Code of medical and sanitary regulations for the guidance of medical officers serving in the Madras Presidency - Volume II
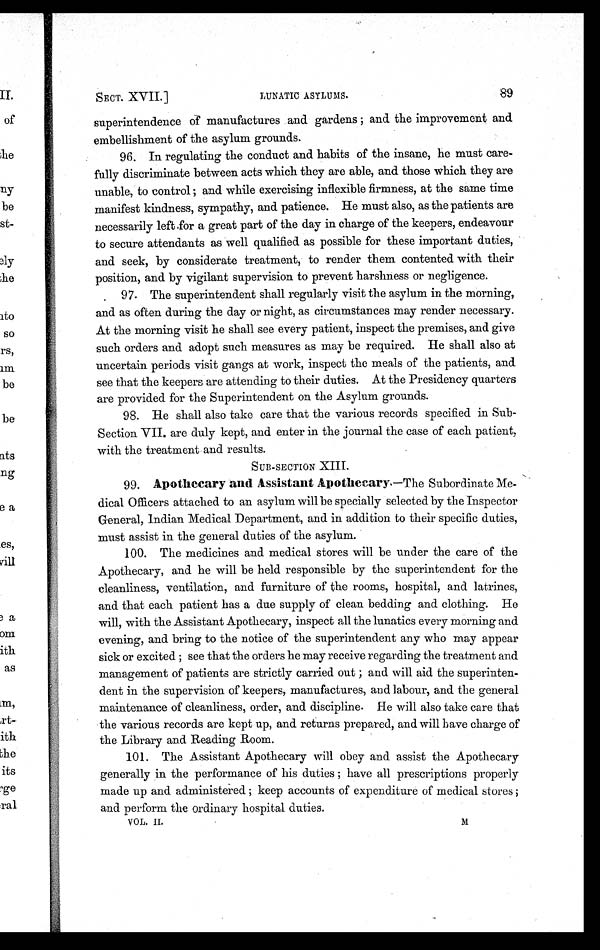
SECT. XVII.]
LUNATIC ASYLUMS.
89
superintendence of manufactures and gardens ; and the improvement and
embellishment of the asylum grounds.
96. In regulating the conduct and habits of the insane, he must care-
fully discriminate between acts which they are able, and those which they are
unable, to control ; and while exercising inflexible firmness, at the same time
manifest kindness, sympathy, and patience. He must also, as the patients are
necessarily left for a great part of the day in charge of the keepers, endeavour
to secure attendants as well qualified as possible for these important duties,
and seek, by considerate treatment, to render them contented with their
position, and by vigilant supervision to prevent harshness or negligence.
97. The superintendent shall regularly visit the asylum in the morning,
and as often during the day or night, as circumstances may render necessary.
At the morning visit he shall see every patient, inspect the premises, and give
such orders and adopt such measures as may be required. He shall also at
uncertain periods visit gangs at work, inspect the meals of the patients, and
see that the keepers are attending to their duties. At the Presidency quarters
are provided for the Superintendent on the Asylum grounds.
98. He shall also take care that the various records specified in Sub-
Section VII. are duly kept, and enter in the journal the case of each patient,
with the treatment and results.
SUB-SECTION XIII.
99. Apothecary and Assistant Apothecary.—The Subordinate Me-
dical Officers attached to an asylum will be specially selected by the Inspector
General, Indian Medical Department, and in addition to their specific duties,
must assist in the general duties of the asylum.
100. The medicines and medical stores will be under the care of the
Apothecary, and he will be held responsible by the superintendent for the
cleanliness, ventilation, and furniture of the rooms, hospital, and latrines,
and that each patient has a due supply of clean bedding and clothing. He
will, with the Assistant Apothecary, inspect all the lunatics every morning and
evening, and bring to the notice of the superintendent any who may appear
sick or excited ; see that the orders he may receive regarding the treatment and
management of patients are strictly carried out ; and will aid the superinten-
dent in the supervision of keepers, manufactures, and labour, and the general
maintenance of cleanliness, order, and discipline. He will also take care that
the various records are kept up, and returns prepared, and will have charge of
the Library and Reading Room.
101. The Assistant Apothecary will obey and assist the Apothecary
generally in the performance of his duties ; have all prescriptions properly
made up and administered ; keep accounts of expenditure of medical stores ;
and perform the ordinary hospital duties.
VOL. II.
M